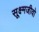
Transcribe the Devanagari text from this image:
सूक्ष्मजीवो